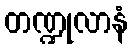
တဏ္ဍုလာနံ